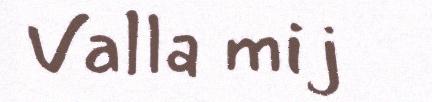
Valla mij